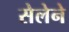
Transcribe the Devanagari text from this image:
सेलेने